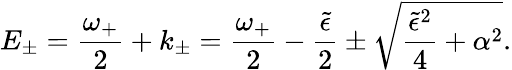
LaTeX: E_{\pm}={\frac{\omega_{+}}{2}}+k_{\pm}={\frac{\omega_{+}}{2}}-{\frac{\tilde{\epsilon}}{2}}\pm\sqrt{{\frac{\tilde{\epsilon}^{2}}{4}}+\alpha^{2}}.